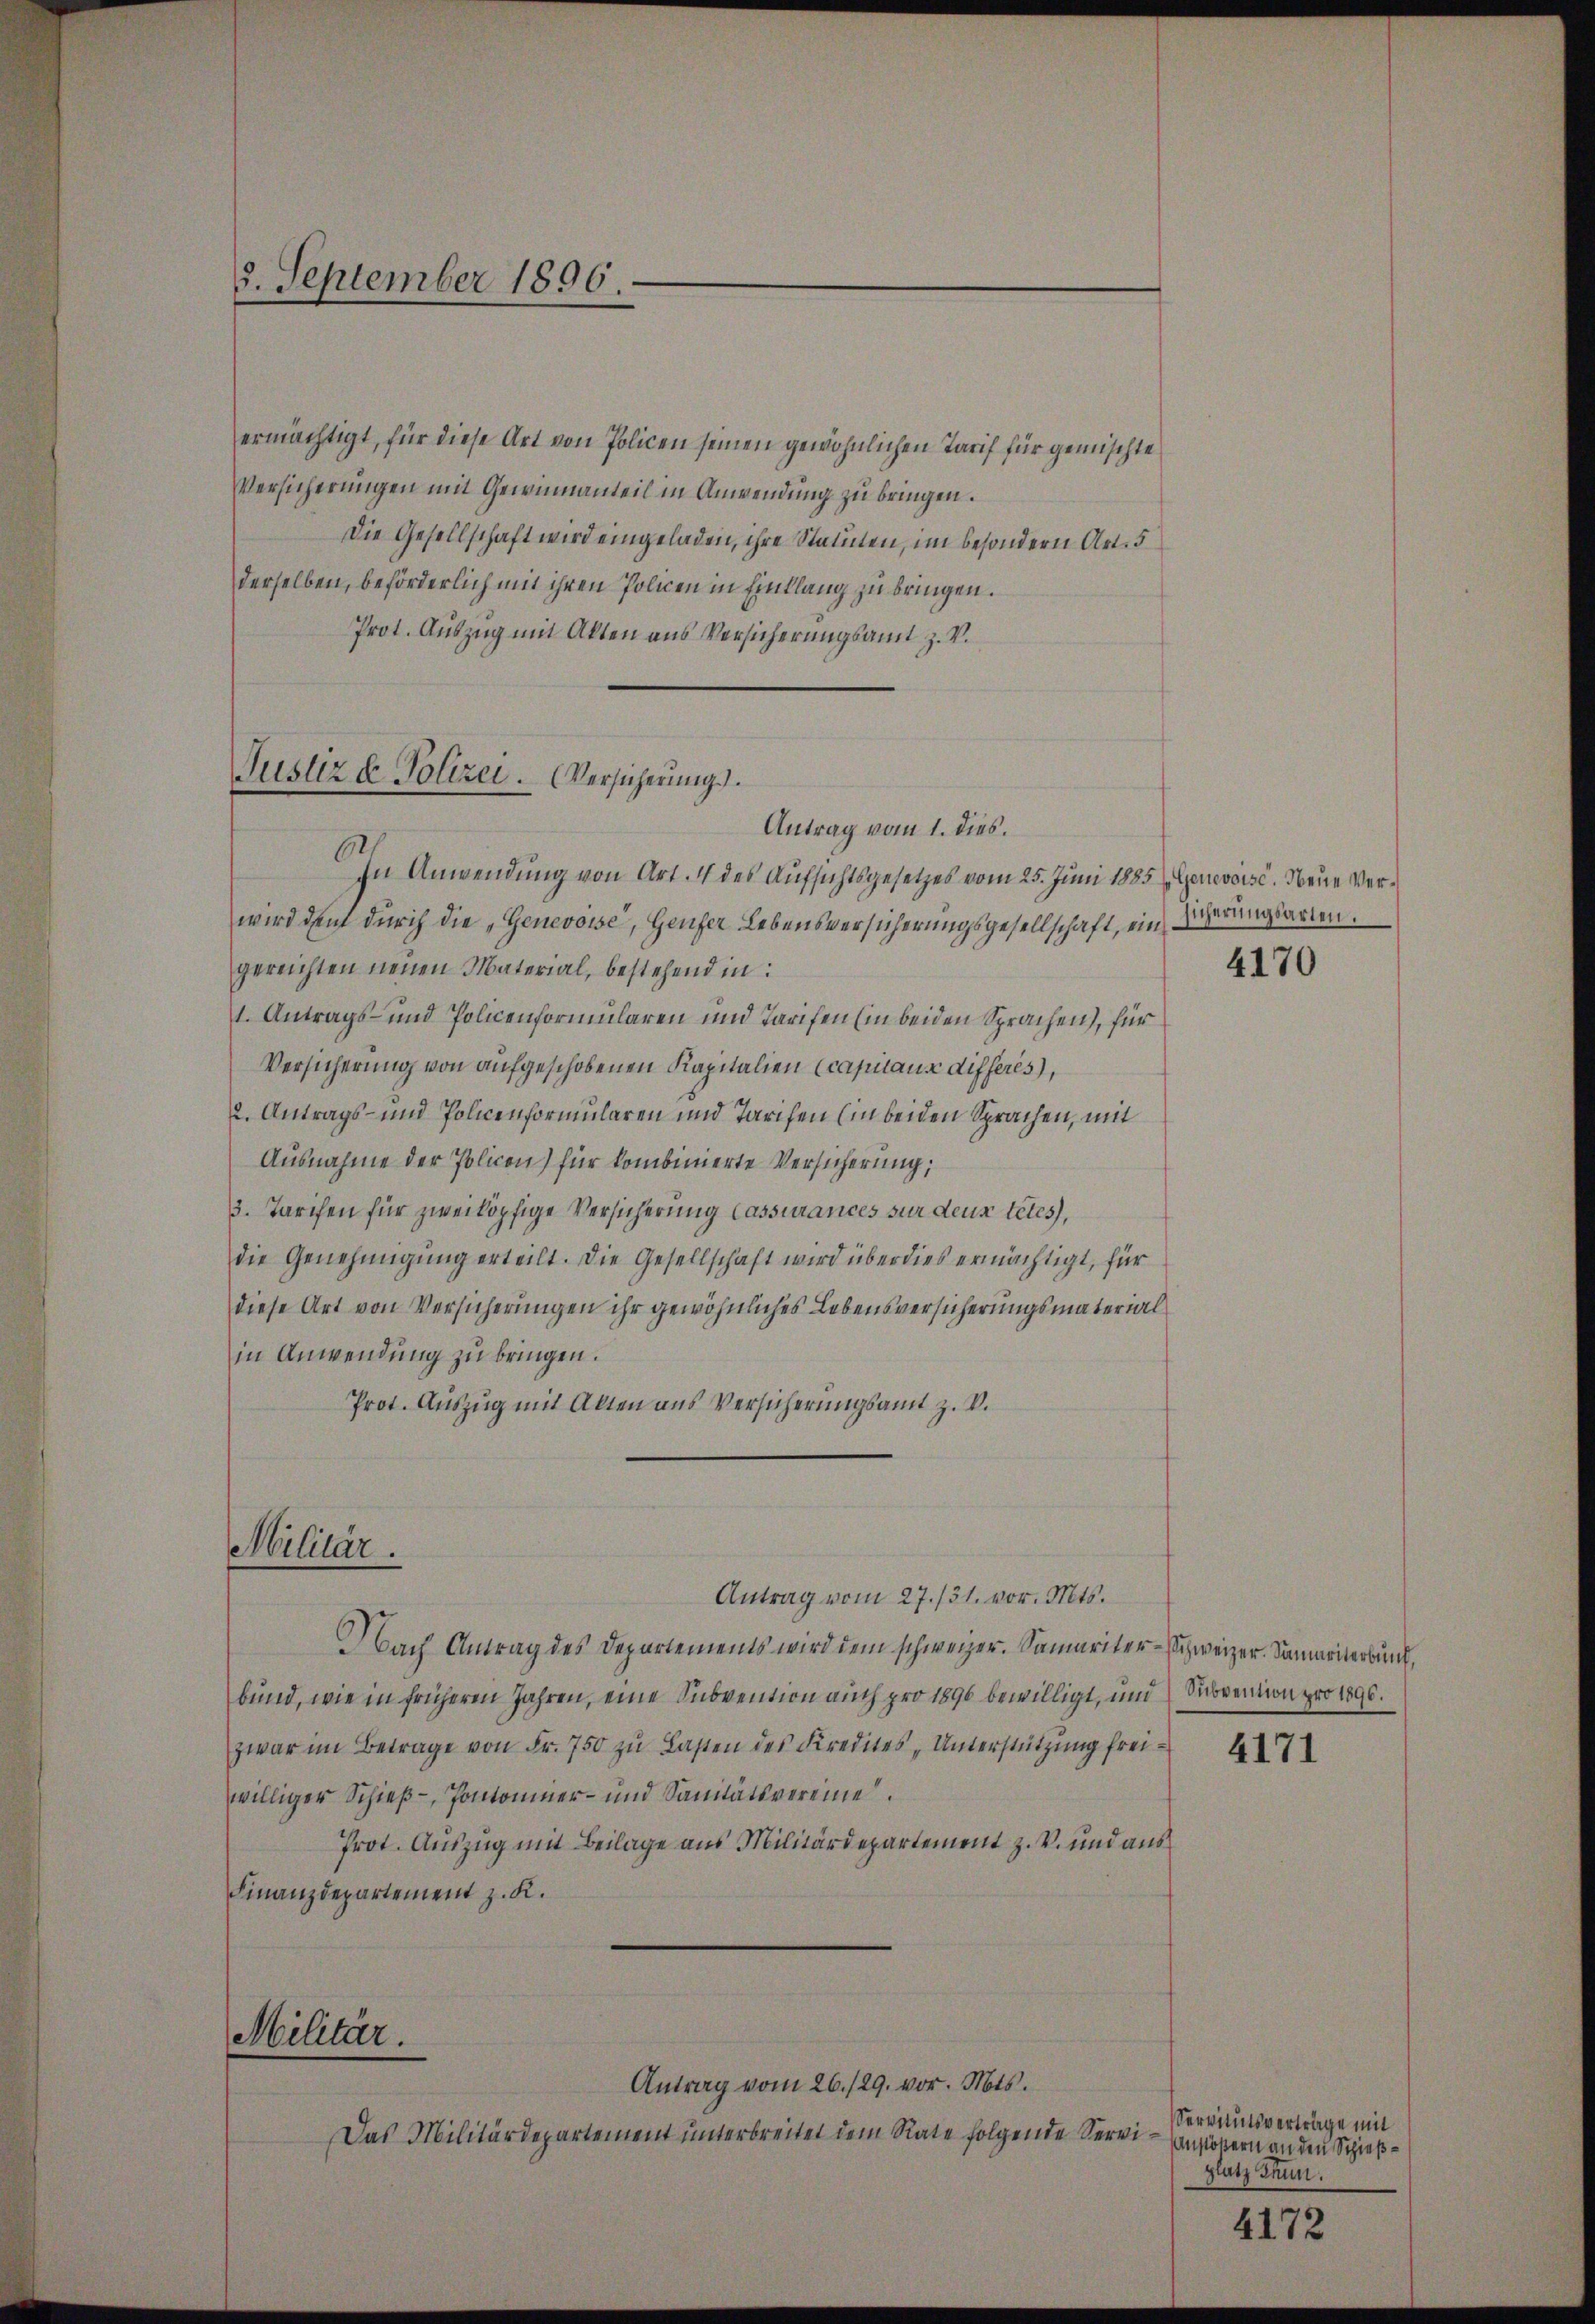
3. September 1896.

ermächtigt, für diese Art von Policen seinen gewöhnlichen Tarif für gemischte
Versicherungen mit Gewinnanteil in Anwendung zu bringen.
Die Gesellschaft wird eingeladen, ihre Stammen, im besondern Art. 5
derselben, beförderlich mit ihren Policen in Einklang zu bringen.
Prot. Auszug mit Akten aus Versicherungsamt z. V.

Justiz & Polizei. (Versicherung.
Antrag vom 1. dies.

In Anwendung von Art. 4 des Aufsichtsgesetzes vom 25. Juni 1885, Genevoise. Neue Verwird dem durch die „Genevoise, Genfer Lebensversicherungsgesellschaft, ein Sicherungsarten.
gereichten neuen Material, bestehend in:
1. Antrags- und Policenformularen und Tarifen (in beiden Sprachen), für
Versicherung von aufgeschobenen Kapitalien (capitause différés,
2. Antrags- und Policenformularen und Tarifen (in beiden Sprachen, mit
Ausnahme der Policon) für kombinierte Versicherung,
3. Tarifen für zwei köpfige Versicherung lassurances für deux tetes,
die Genehmigŭng erteilt. Die Gesellschaft wird überdies ermächtigt, für
diese Art von Versicherungen ihr gewöhnliches Lebensversicherungsmaterial
in Anwendung zu bringen.
Prot. Auszug mit Alten aus Versicherungsamt z. V.
Militär.
Antrag vom 27./31. vor. Mts.
Nbach Antrag des Departements wird dem schweizer. Samariter-Schweizer. Samariterbund,
bund, wie in früheren Jahren, eine Subvention auch pro 1896 bewilligt, und Subvention pro 1890.
zwar im Betrage von Fr. 750 zu Lasten des Kredites „Unterstützung freiwilliger Schieß – Pontominer- und Sanitätsvereine
Prot. Auszug mit Beilage aus Militärdepartement z. B. und aus
Finanzdepartement z. K.

Militär.
Antrag vom 26./29. vor. Mts.

Das Militärdepartement unterbreitet dem Rate folgende Servi¬

4170

4171

Servitutsverträge mit
Anstößern an den Schießplatz Thun.

4172